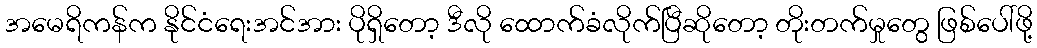
အမေရိကန်က နိုင်ငံရေးအင်အား ပိုရှိတော့ ဒီလို ထောက်ခံလိုက်ပြီဆိုတော့ တိုးတက်မှုတွေ ဖြစ်ပေါ်ဖို့